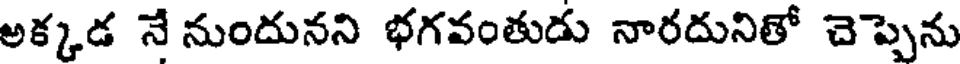
అక్కడ నే నుందునని భగవంతుడు నారదునితో చెప్పెను